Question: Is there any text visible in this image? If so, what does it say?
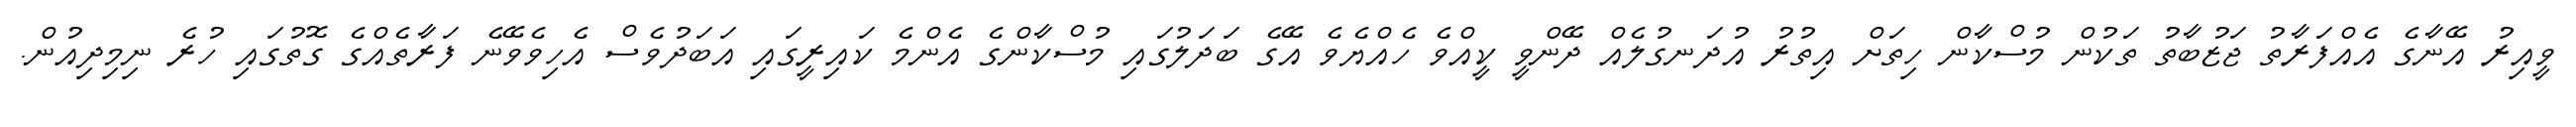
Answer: ވީއިރު އޭނާގެ އެއްފަރާތު ޖަޒުބާތު ތަކުން މުސްކާން ހިތަށް އިތުރު އުދަނގުލެއް ދޭންވީ ކީއްވެ ހެއްޔެވެ އޭގެ ބަދަލުގައި މުސްކާންގެ އެންމެ ކައިރީގައި އަބަދުވެސް އެހިވެވޭނެ ފަރާތެއްގެ ގޮތުގައި ހުރެ ނިމިދިއުން.